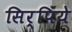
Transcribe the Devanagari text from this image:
सिर्पिये